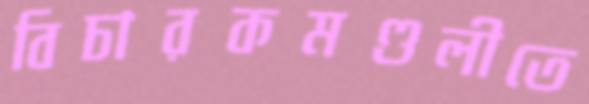
বিচারকমণ্ডলীতে